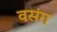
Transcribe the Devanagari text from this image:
वसंग